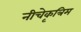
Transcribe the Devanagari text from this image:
नीचेकृत्रिम